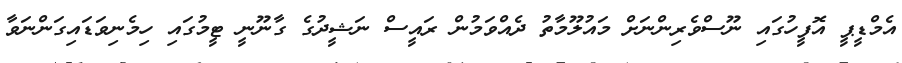
އެމްޑީޕީ އޮފީހުގައި ނޫސްވެރިންނަށް މައުލޫމާތު ދެއްވަމުން ރައީސް ނަޝީދުގެ ގާނޫނީ ޓީމުގައި ހިމެނިވަޑައިގަންނަވާ